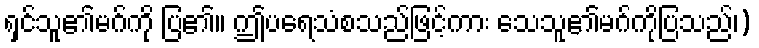
ရှင်သူ၏မဂ်ကို ပြ၏။ ဤပရေသံစသည်ဖြင့်ကား သေသူ၏မဂ်ကိုပြသည်၊)